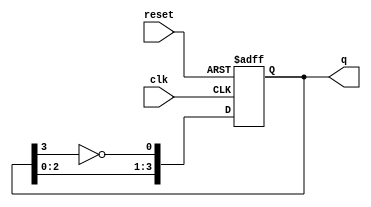
module johnson_counter (
    input wire clk,         // Clock input
    input wire reset,       // Asynchronous reset
    output reg [3:0] q      // 4-bit output for the Johnson counter
);

    always @(posedge clk or posedge reset) begin
        if (reset) begin
            q <= 4'b0000;  // Initialize to 0000 on reset
        end else begin
            q <= {q[2:0], ~q[3]}; // Shift left and feed inverted last bit
        end
    end

endmodule